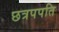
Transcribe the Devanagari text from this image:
छत्रपपति